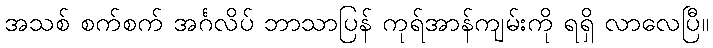
အသစ် စက်စက် အင်္ဂလိပ် ဘာသာပြန် ကုရ်အာန်ကျမ်းကို ရရှိ လာလေပြီ။